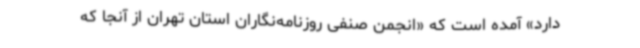
دارد» آمده است که «انجمن صنفی روزنامه‌نگاران استان تهران از آنجا که